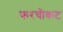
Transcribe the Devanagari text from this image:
करचौकट